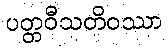
ပတ္တဝီသတိဝဿာ